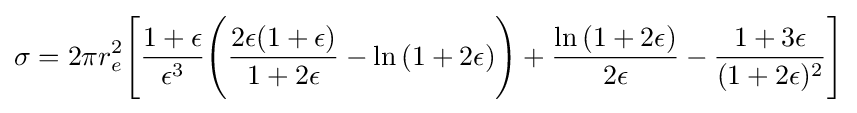
\sigma =2\pi r_{e}^{2}{\Biggl [}{\frac {1+\epsilon }{\epsilon ^{3}}}{\Biggl (}{\frac {2\epsilon (1+\epsilon )}{1+2\epsilon }}-\ln {(1+2\epsilon )}{\Biggr )}+{\frac {\ln {(1+2\epsilon )}}{2\epsilon }}-{\frac {1+3\epsilon }{(1+2\epsilon )^{2}}}{\Biggr ]}